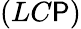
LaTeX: (LC\mathsf{P})